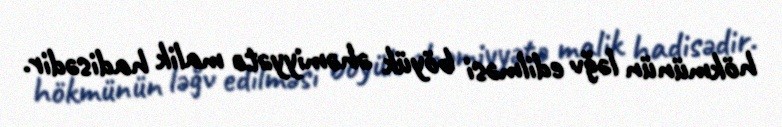
hökmünün ləğv edilməsi böyük əhəmiyyətə malik hadisədir.